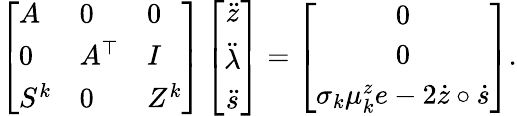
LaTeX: \left[\begin{array}{lll}{A}&{0}&{0}\\ {0}&{A^{\top}}&{I}\\ {S^{k}}&{0}&{Z^{k}}\end{array}\right]\left[\begin{array}{c}{\ddot{z}}\\ {\ddot{\lambda}}\\ {\ddot{s}}\end{array}\right]=\left[\begin{array}{c}{0}\\ {0}\\ {\sigma_{k}\mu_{k}^{z}e-2\dot{z}\circ\dot{s}}\end{array}\right].